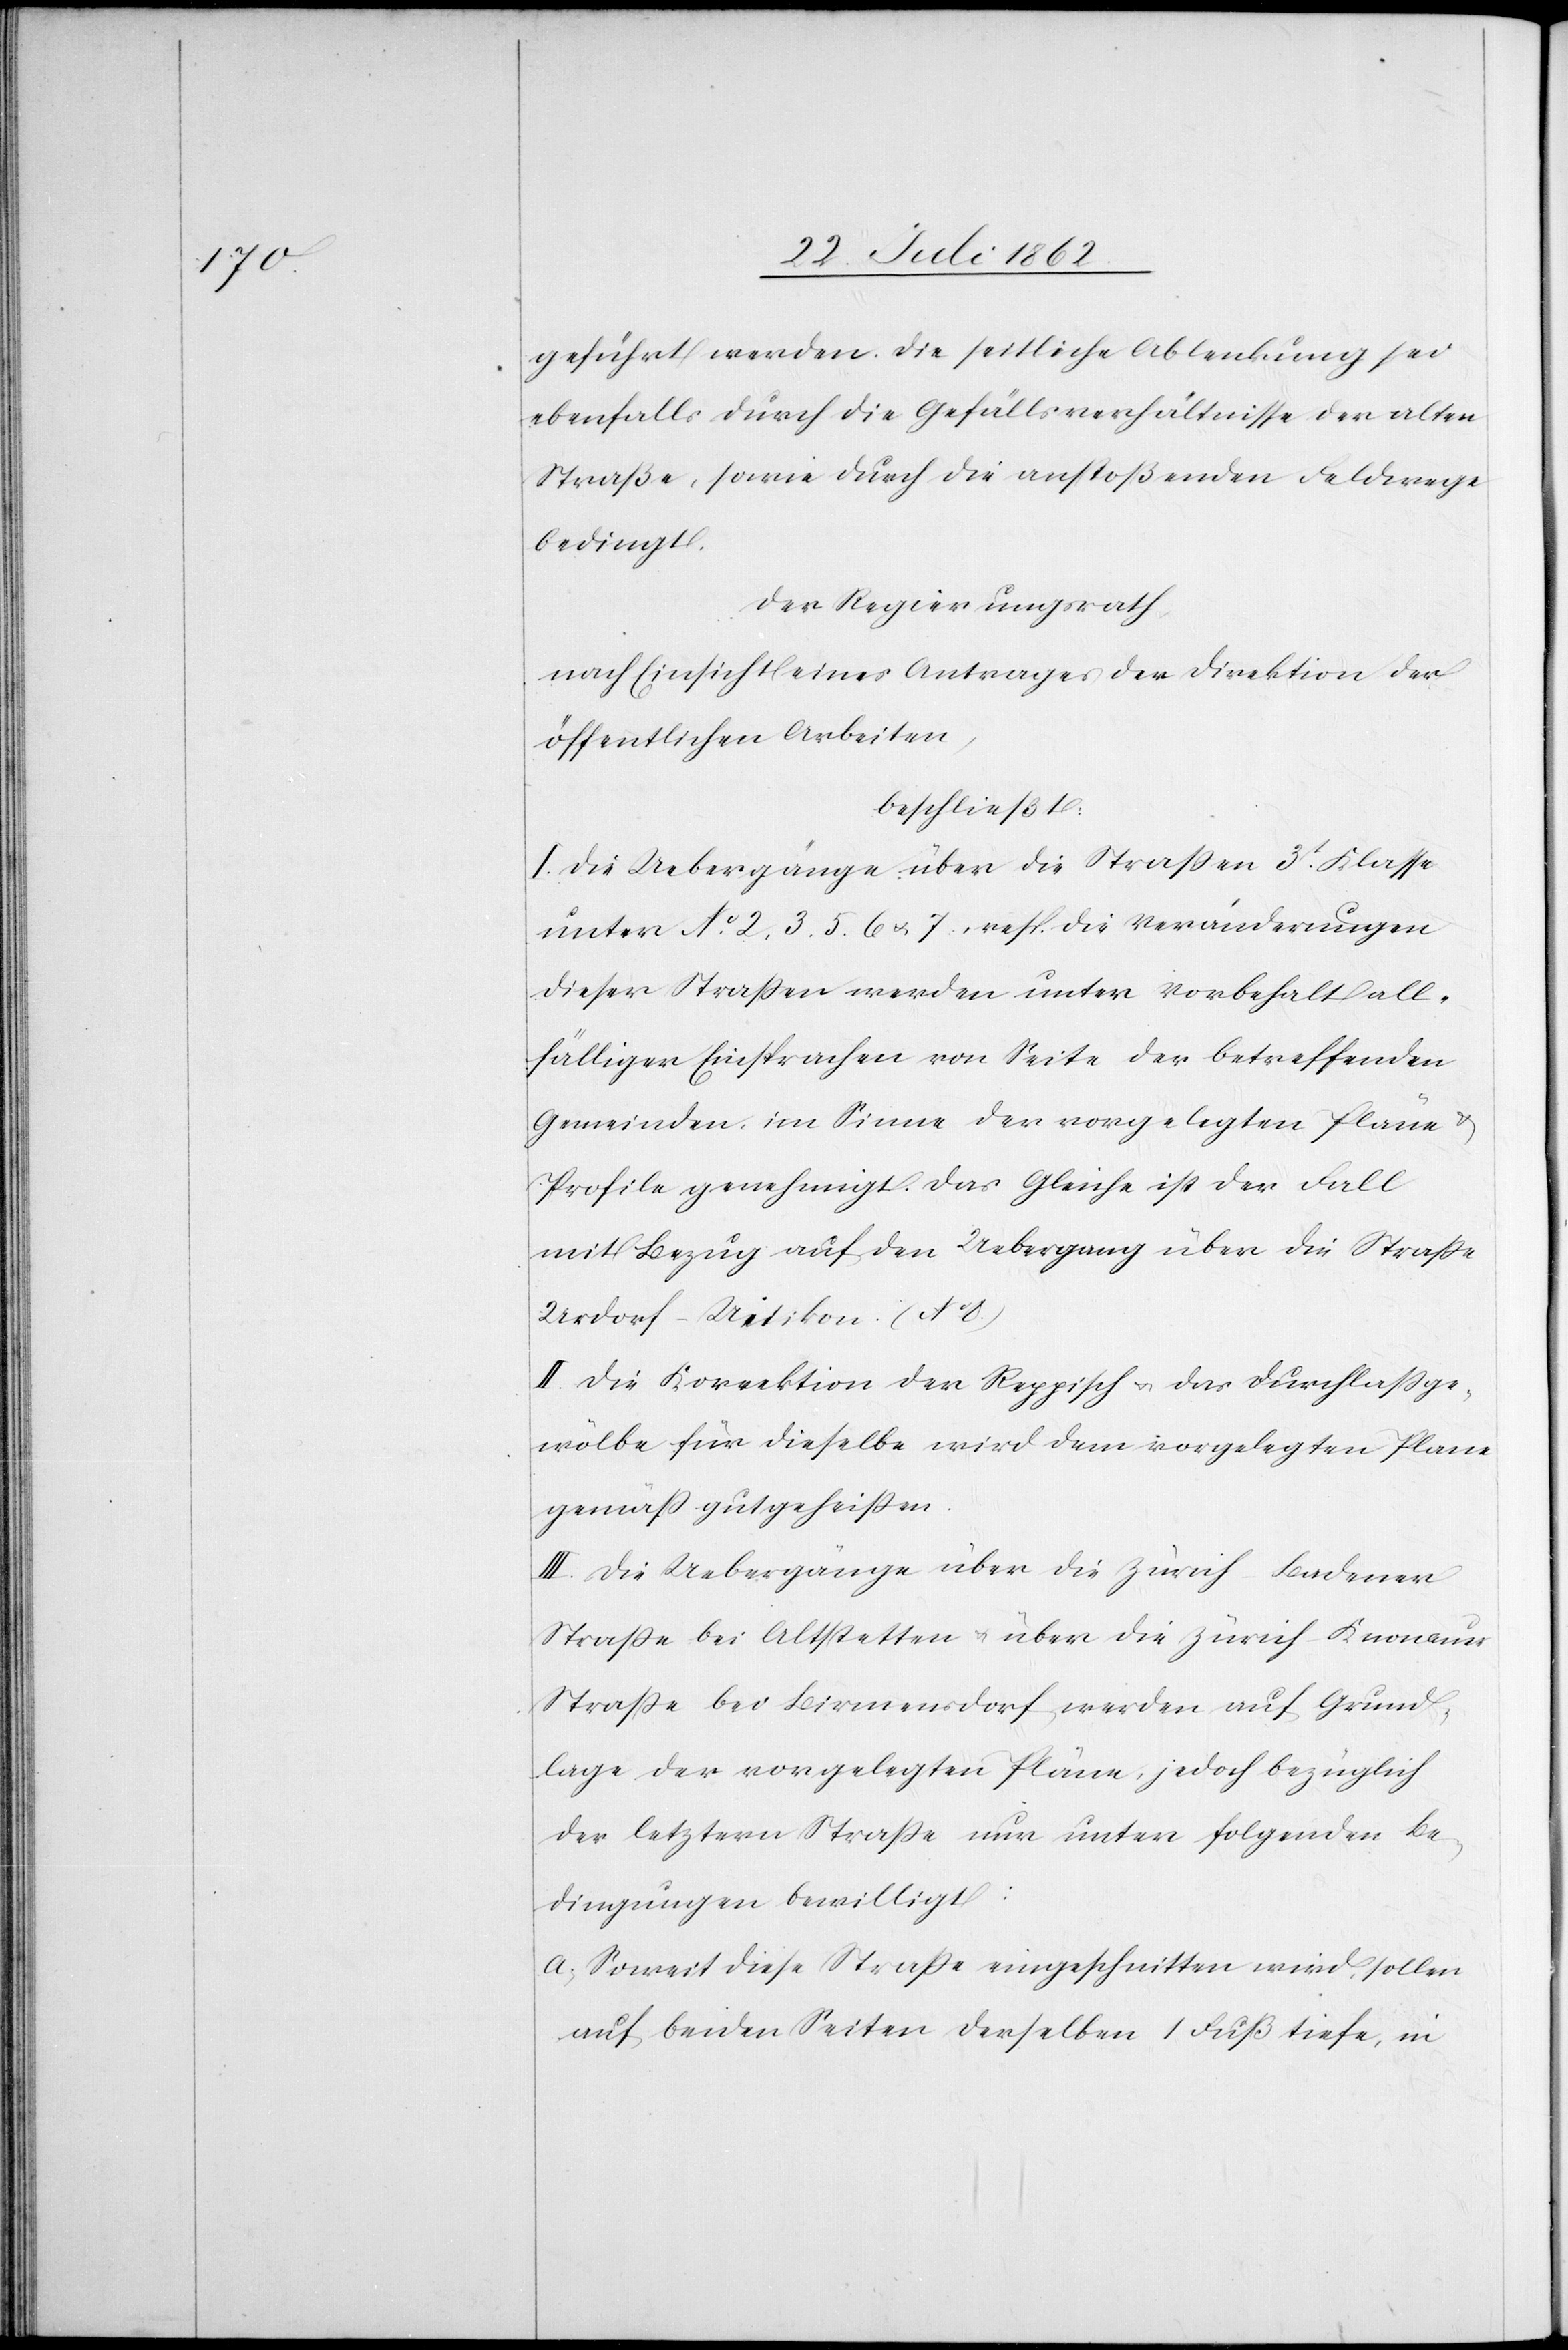
geführt werden. Die seitliche Ablenkung sei
ebenfalls durch die Gefällsverhältnisse der alten
Straße, sowie durch die anstoßenden Feldwege
bedingt.
Der Regierungsrath,
nach Einsicht eines Antrages der Direktion der
öffentlichen Arbeiten,
beschließt:
I. Die Uebergänge über die Straßen 3t Klasse
unter No 2. 3. 5. 6 u. 7. resp. die Veränderungen
dieser Straßen werden unter Vorbehalt all¬
fälliger Einsprachen von Seite der betreffenden
Gemeinden, im Sinne der vorgelegten Pläne u.
Profile genehmigt. Das Gleiche ist der Fall
mit Bezug auf den Uebergang über die Straße
Urdorf-Uitikon.
II. Die Korrektion der Reppisch u. das Durchlaßge¬
wölbe für dieselbe wird dem vorgelegten Plane
gemäß gutgeheißen.
III. Die Uebergänge über die Zürich-Badener
Straße bei Altstetten u. über die Zürich-Knonauer
Straße bei Birmensdorf werden auf Grund¬
lage der vorgelegten Pläne, jedoch bezüglich
der letztern Straße nur unter folgenden Be¬
dingungen bewilligt:
a) soweit diese Straße eingeschnitten wird, sollen
auf beiden Seiten derselben 1 Fuß tiefe, in